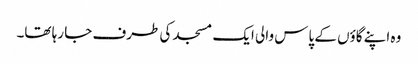
وہ اپنے گاؤں کے پاس والی ایک مسجد کی طرف جا رہا تھا۔